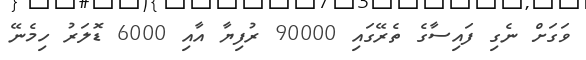
ވަގަށް ނެގި ފައިސާގެ ތެރޭގައި 90000 ރުފިޔާ އާއި 6000 ޑޮލަރު ހިމެނޭ